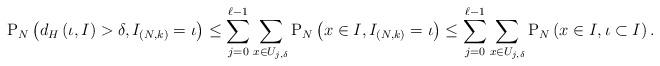
LaTeX: \begin{align*} &{\mathrm{P}}_{N}\left(d_H\left(\iota,I\right)>\delta, I_{(N,k)}=\iota\right) \leq\displaystyle\sum_{j=0}^{\ell-1}\displaystyle\sum_{x\in U_{j,\delta}}{\mathrm{P}}_{N}\left(x\in I , I_{(N,k)}=\iota\right) \leq\displaystyle\sum_{j=0}^{\ell-1}\displaystyle\sum_{x\in U_{j,\delta}}{\mathrm{P}}_{N}\left(x\in I, \iota\subset I\right).\end{align*}